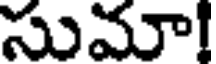
సుమా!